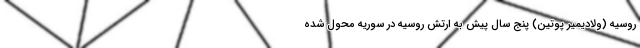
روسیه (ولادیمیر پوتین) پنج سال پیش به ارتش روسیه در سوریه محول شده